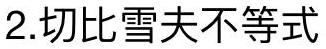
2.切比雪夫不等式